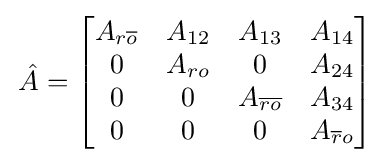
\,{\hat {A}}={\begin{bmatrix}A_{r{\overline {o}}}&A_{12}&A_{13}&A_{14}\\0&A_{ro}&0&A_{24}\\0&0&A_{\overline {ro}}&A_{34}\\0&0&0&A_{{\overline {r}}o}\end{bmatrix}}